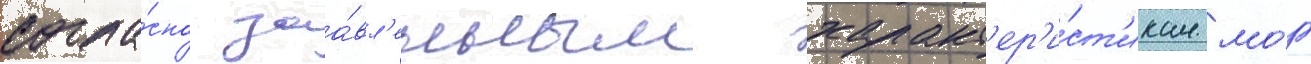
согла́сно заа́вл'енным характ'ер'и́ст'икам мо́г